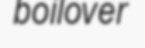
boilover